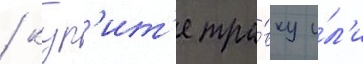
/ кур'ит'е тра́вку и́л'и